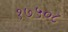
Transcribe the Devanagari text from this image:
१७५०८